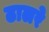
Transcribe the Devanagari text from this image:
ढालरे